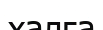
халға